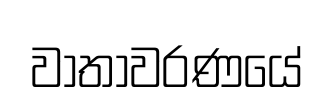
වාතාවරණයේ